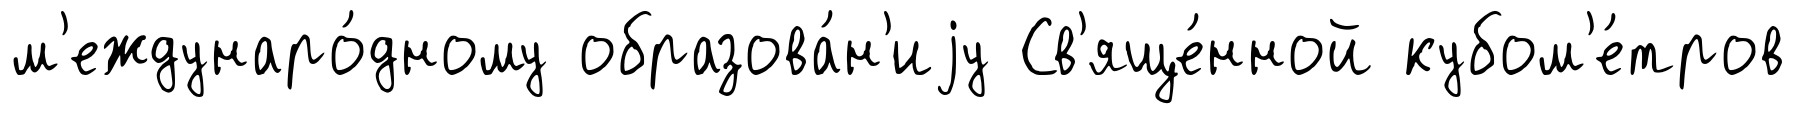
м'еждунаро́дному образова́н'иjу Св'яще́нной кубом'е́тров